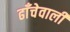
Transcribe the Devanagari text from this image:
ढाँचेवाली